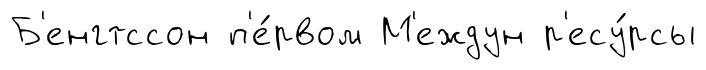
Б'енгтссон п'е́рвом М'еждун р'есу́рсы